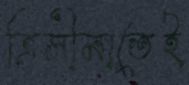
ত্রিসীমাতেই